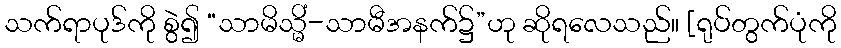
သက်ရာပုဒ်ကို စွဲ၍ “သာမိသ္မိံ-သာမီအနက်၌”ဟု ဆိုရလေသည်။ [ရုပ်တွက်ပုံကို